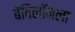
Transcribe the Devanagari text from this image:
बॅबिलॉनला